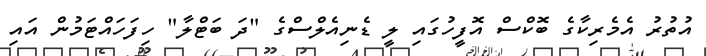
އުތުރު އެމެރިކާގެ ބޮކްސް އޮފީހުގައި ލީ ޑެނިއެލްސްގެ "ދަ ބަޓްލާ" ހިފަހައްޓަމުން އައި